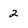
Character: 2